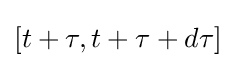
[t+\tau ,t+\tau +d\tau ]